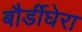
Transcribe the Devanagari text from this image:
बौर्डीघेरा